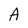
Character: A